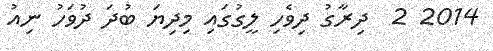
2014 2  ދިރާގު ދިވެހި ލީގުގައި މިދިޔަ ބުދަ ދުވަހު ނިއު